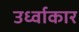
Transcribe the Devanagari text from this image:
उर्ध्वाकार